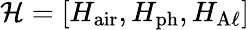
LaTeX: \mathcal{H}=[H_{\mathrm{air}},H_{\mathrm{ph}},H_{\mathrm{A}\ell}]